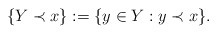
\begin{align*}\{Y\prec x\}:=\{y\in Y:y\prec x\}.\end{align*}